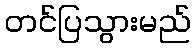
တင်ပြသွားမည်